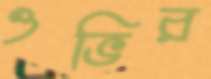
ওভির